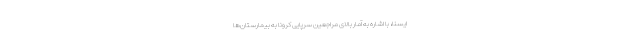
ایسنا، با اشاره به آمار بالای مراجعین سرپایی کرونا به بیمارستان‌ها